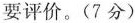
要评价。(7分)